Calcutta medical institutions reports 1892-1900
Year: 1892
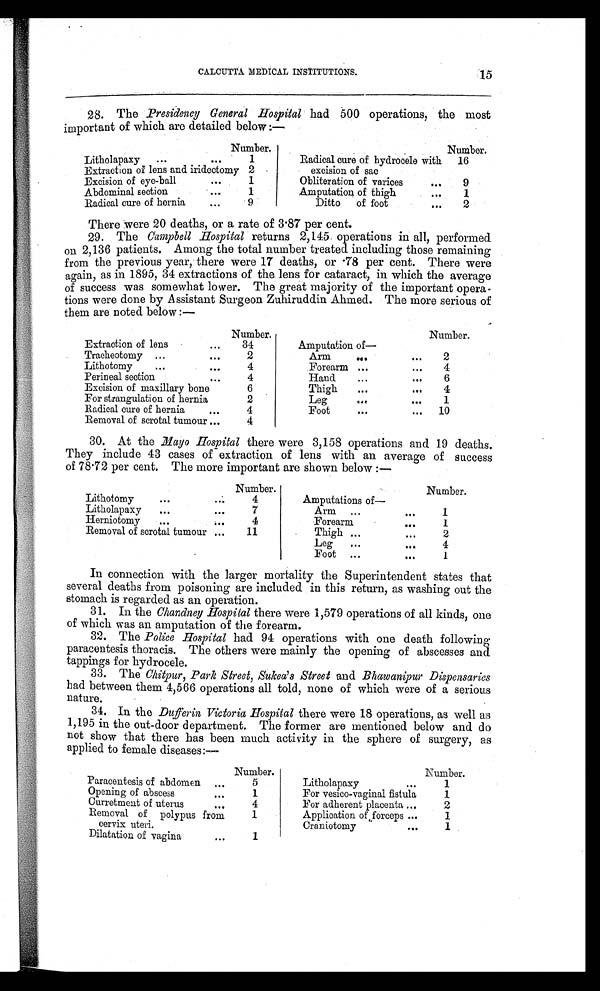
CALCUTTA MEDICAL INSTITUTIONS.
28. The Presidency General Hospital had 500 operations, the most
important of which are detailed below :-
15
Number.
Litholapaxy
1
Extraction of lens and iridectomy 2
Excision of eye-ball
1
Abdominal section
1
Radical cure of hernia
9
Number.
Radical cure of hydrocele with
excision of sac
16
Obliteration of varices
9
Amputation of thigh
1
Ditto of foot
2
There were 20 deaths, or a rate of 3 .87 per cent.
29. The Campbell Hospital returns 2,145 operations in all, performed
on 2,136 patients. Among the total number treated including those remaining
from the previous year, there were 17 deaths, or .78 per cent. There were
again, as in 1895, 34 extractions of the lens for cataract, in which the average
of success was somewhat lower. The great majority of the important opera
-tions were done by Assistant Surgeon Zuhiruddin Ahmed. The more serious of
them are noted below :—
Number.
Amputation of
- Arm
2
Forearm
4
Hand
6
Thigh
4
Leg
1
Foot
10
Number.
Extraction of lens
34
Tracheotomy
2
Lithotomy
4
Perineal section
4
Excision of maxillary bone
6
For strangulation of hernia
2
Radical cure of hernia
4
Removal of scrotal tumour
4
30. At the Mayo Hospital there were 3,158 operations and 19 deaths.
They include 43 cases of extraction of lens with an average of success
of 78 .72 per cent. The more important are shown below :—
Number.
Lithotomy
4
Litholapaxy
7
Herniotomy
4
Removal of scrotal tumour
11
Number.
Amputations of
-
Arm
1
Forearm
1
Thigh
2
Leg
4
Foot
1
In connection with the larger mortality the Superintendent states that
several deaths from poisoning are included in this return, as washing out the
stomach is regarded as an operation.
31. In the Chandney Hospital there were 1,579 operations of all kinds, one
of which was an amputation of the forearm.
32. The Police Hospital had 94 operations with one death following
paracentesis thoracis. The others were mainly the opening of abscesses and
tappings for hydrocele.
33. The Chitpur, Park Street, Sukea's Street and Bhawanipur Dispensaries
had between them 4,566 operations all told, none of which were of a serious
nature.
34. In. the D u f f e r i n V i c t o r i a H o s p i t a l t h e r e w e r e 1 8 o p e r a t i o n s , a s w e l l a s
1,195 in the out-door department. The former are mentioned below and do
not show that there has been much activity in the sphere of surgery, as
applied to female diseases:—
Number.
Paracentesis of abdomen
5
Opening of abscess
1
Curretment of uterus
4
Removal of polypus from
cervix uteri.
1
Dilatation of vagina
1
Number.
Litholapaxy
1
For vesico-vaginal fistula
1
For adherent placenta
2
Application of forceps
1
Craniotomy
I